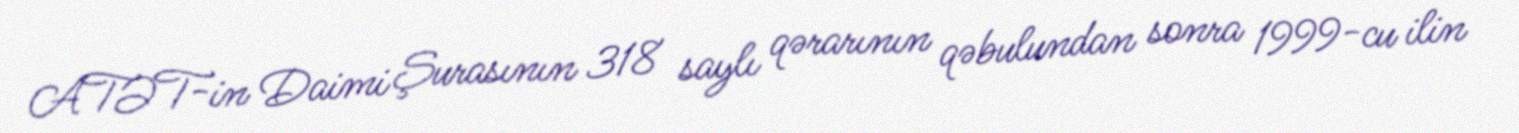
ATƏT-in Daimi Şurasının 318 saylı qərarının qəbulundan sonra 1999-cu ilin